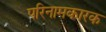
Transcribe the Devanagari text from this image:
परिनामकारक